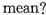
mean?